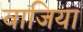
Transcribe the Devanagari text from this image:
वाजिया